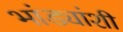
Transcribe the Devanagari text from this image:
भांड्यांशी